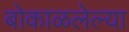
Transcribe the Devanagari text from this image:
बोकाळलेल्या